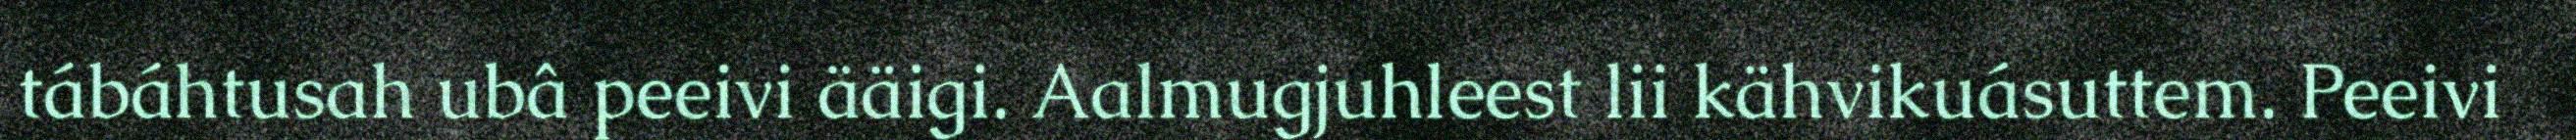
tábáhtusah ubâ peeivi ääigi. Aalmugjuhleest lii kähvikuásuttem. Peeivi